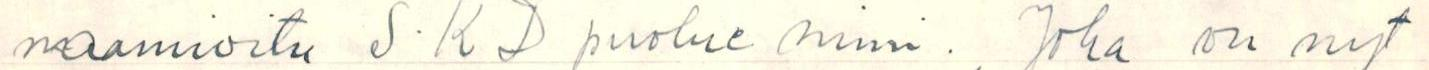
naamioitu S.K D puolue nimi. Joka on nyt